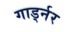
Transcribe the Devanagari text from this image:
गार्ड्नर